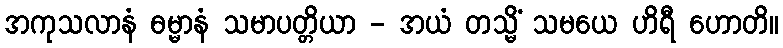
အကုသလာနံ ဓမ္မာနံ သမာပတ္တိယာ - အယံ တသ္မိံ သမယေ ဟိရီ ဟောတိ။